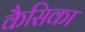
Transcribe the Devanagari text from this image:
कैसिका